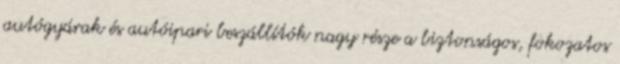
autógyárak és autóipari beszállítók nagy része a biztonságos, fokozatos